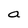
Character: a